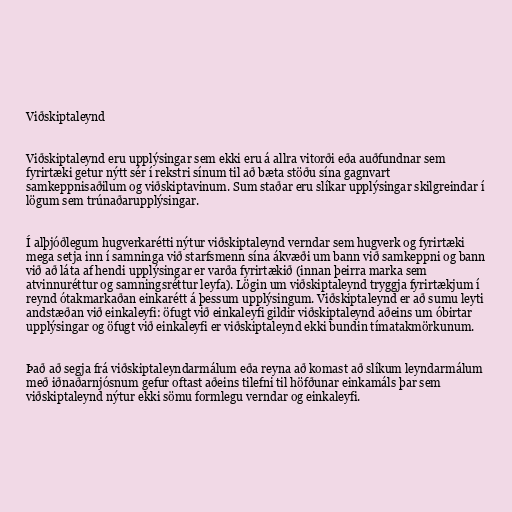
Viðskiptaleynd

Viðskiptaleynd eru upplýsingar sem ekki eru á allra vitorði eða auðfundnar sem
fyrirtæki getur nýtt sér í rekstri sínum til að bæta stöðu sína gagnvart
samkeppnisaðilum og viðskiptavinum. Sum staðar eru slíkar upplýsingar skilgreindar í
lögum sem trúnaðarupplýsingar.

Í alþjóðlegum hugverkarétti nýtur viðskiptaleynd verndar sem hugverk og fyrirtæki
mega setja inn í samninga við starfsmenn sína ákvæði um bann við samkeppni og bann
við að láta af hendi upplýsingar er varða fyrirtækið (innan þeirra marka sem
atvinnuréttur og samningsréttur leyfa). Lögin um viðskiptaleynd tryggja fyrirtækjum í
reynd ótakmarkaðan einkarétt á þessum upplýsingum. Viðskiptaleynd er að sumu leyti
andstæðan við einkaleyfi: öfugt við einkaleyfi gildir viðskiptaleynd aðeins um óbirtar
upplýsingar og öfugt við einkaleyfi er viðskiptaleynd ekki bundin tímatakmörkunum.

Það að segja frá viðskiptaleyndarmálum eða reyna að komast að slíkum leyndarmálum
með iðnaðarnjósnum gefur oftast aðeins tilefni til höfðunar einkamáls þar sem
viðskiptaleynd nýtur ekki sömu formlegu verndar og einkaleyfi.